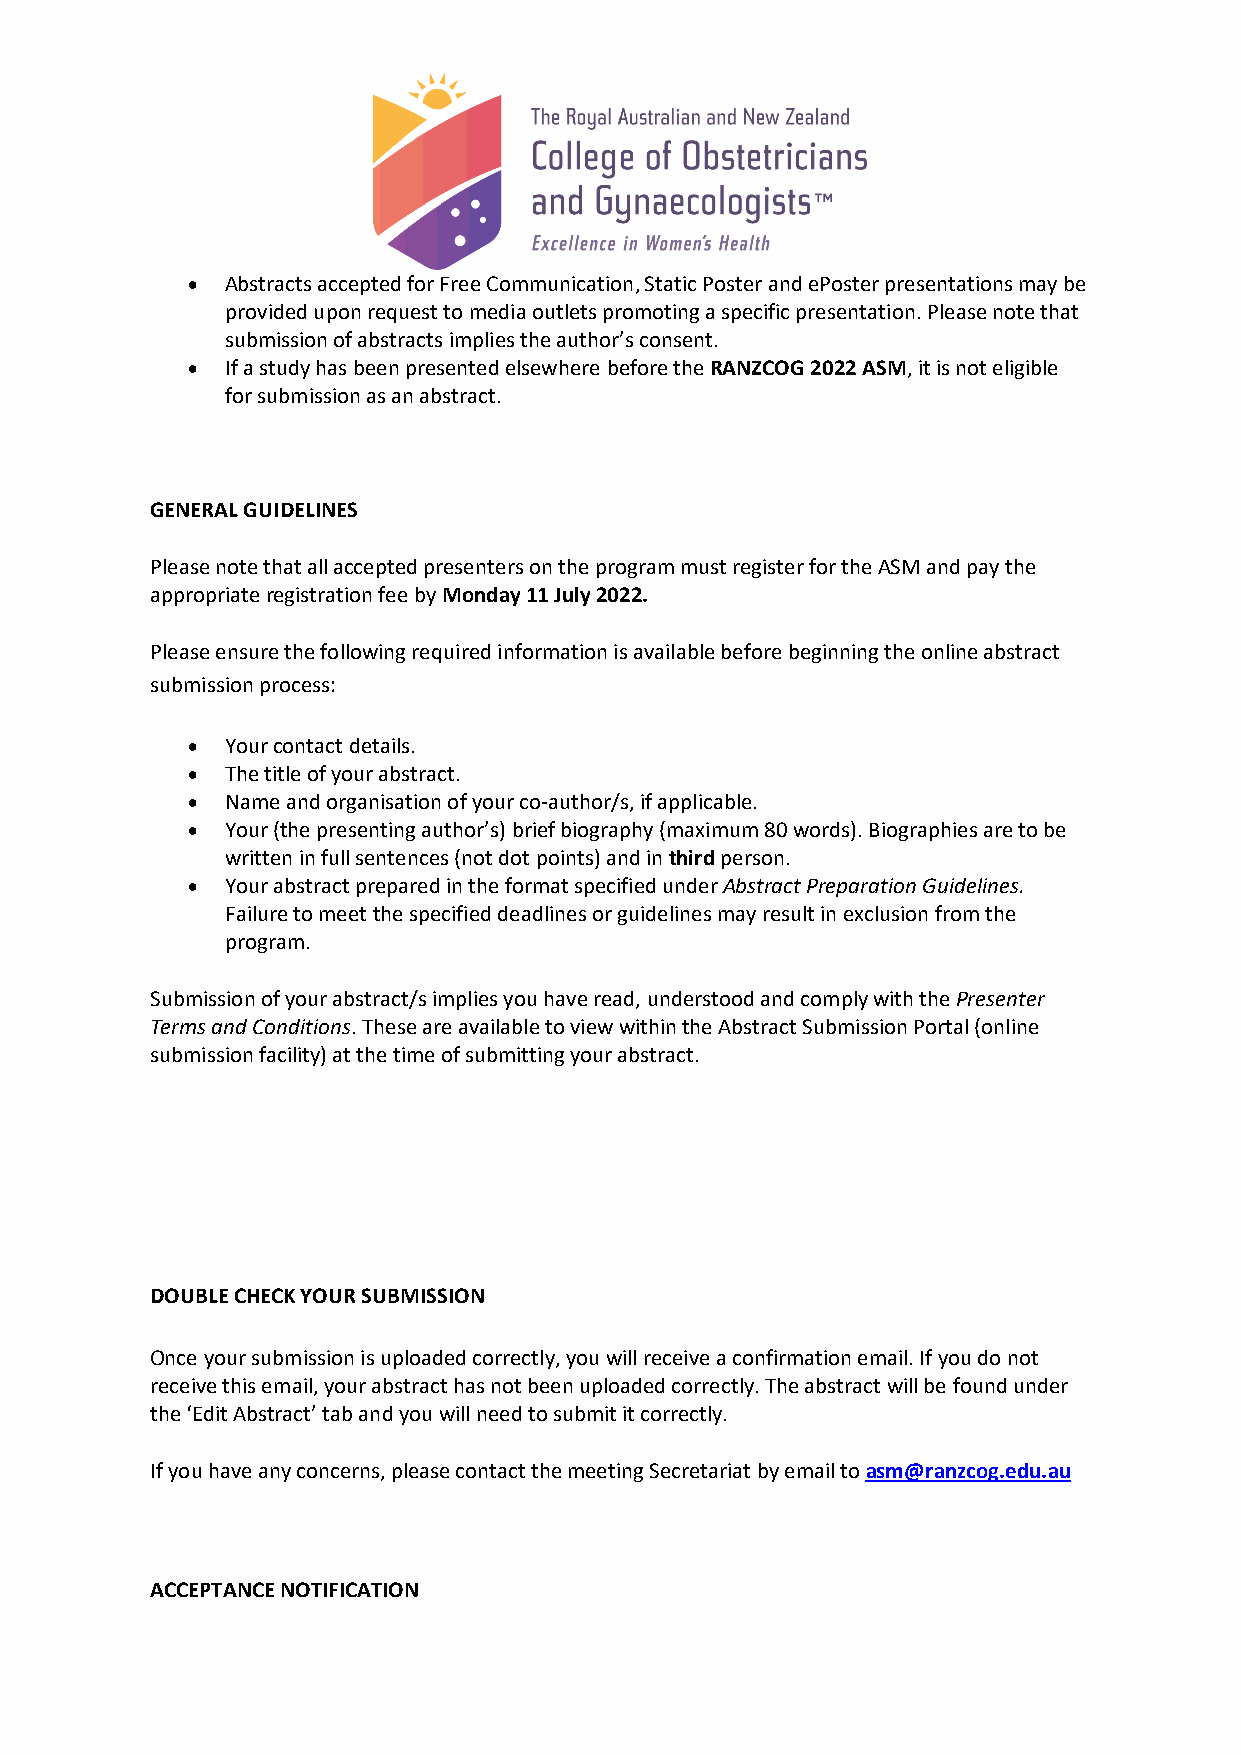
•  Abstracts accepted for Free Communication, Static Poster and ePoster presentations may be
 provided upon request to media outlets promoting a specific presentation. Please note that
 submission of abstracts implies the author’s consent.
 •  If a study has been presented elsewhere before the RANZCOG 2022 ASM, it is not eligible
 for submission as an abstract.
 GENERAL GUIDELINES
 Please note that all accepted presenters on the program must register for the ASM and pay the
 appropriate registration fee by Monday 11 July 2022.
 Please ensure the following required information is available before beginning the online abstract
 submission process:
 •  Your contact details.
 •  The title of your abstract.
 •  Name and organisation of your co-author/s, if applicable.
 •  Your (the presenting author’s) brief biography (maximum 80 words). Biographies are to be
 written in full sentences (not dot points) and in third person.
 •  Your abstract prepared in the format specified under Abstract Preparation Guidelines.
 Failure to meet the specified deadlines or guidelines may result in exclusion from the
 program.
 Submission of your abstract/s implies you have read, understood and comply with the Presenter
 Terms and Conditions. These are available to view within the Abstract Submission Portal (online
 submission facility) at the time of submitting your abstract.
 DOUBLE CHECK YOUR SUBMISSION
 Once your submission is uploaded correctly, you will receive a confirmation email. If you do not
 receive this email, your abstract has not been uploaded correctly. The abstract will be found under
 the ‘Edit Abstract’ tab and you will need to submit it correctly.
 If you have any concerns, please contact the meeting Secretariat by email to asm@ranzcog.edu.au
 ACCEPTANCE NOTIFICATION